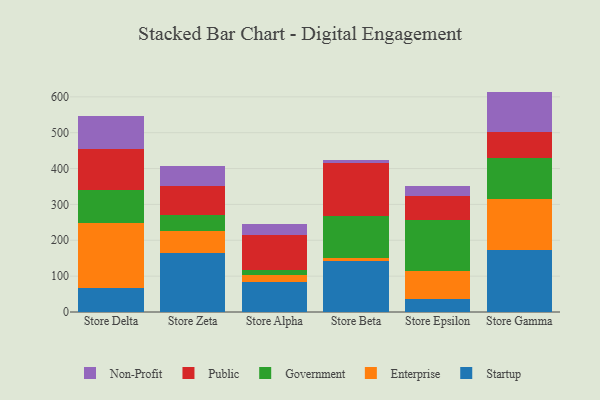
{"axis": {"x": "Store", "y": "Satisfaction Score"}, "legend": ["Enterprise", "Government", "Non-Profit", "Public", "Startup"], "data": [{"x": "Store Delta", "y": 68.1, "type": "Startup"}, {"x": "Store Delta", "y": 179.6, "type": "Enterprise"}, {"x": "Store Delta", "y": 93.4, "type": "Government"}, {"x": "Store Delta", "y": 113.9, "type": "Public"}, {"x": "Store Delta", "y": 92.7, "type": "Non-Profit"}, {"x": "Store Zeta", "y": 163.2, "type": "Startup"}, {"x": "Store Zeta", "y": 64.0, "type": "Enterprise"}, {"x": "Store Zeta", "y": 42.9, "type": "Government"}, {"x": "Store Zeta", "y": 81.1, "type": "Public"}, {"x": "Store Zeta", "y": 56.1, "type": "Non-Profit"}, {"x": "Store Alpha", "y": 83.8, "type": "Startup"}, {"x": "Store Alpha", "y": 20.1, "type": "Enterprise"}, {"x": "Store Alpha", "y": 13.7, "type": "Government"}, {"x": "Store Alpha", "y": 96.3, "type": "Public"}, {"x": "Store Alpha", "y": 32.5, "type": "Non-Profit"}, {"x": "Store Beta", "y": 141.4, "type": "Startup"}, {"x": "Store Beta", "y": 9.4, "type": "Enterprise"}, {"x": "Store Beta", "y": 117.4, "type": "Government"}, {"x": "Store Beta", "y": 146.3, "type": "Public"}, {"x": "Store Beta", "y": 9.9, "type": "Non-Profit"}, {"x": "Store Epsilon", "y": 36.4, "type": "Startup"}, {"x": "Store Epsilon", "y": 77.3, "type": "Enterprise"}, {"x": "Store Epsilon", "y": 142.4, "type": "Government"}, {"x": "Store Epsilon", "y": 66.5, "type": "Public"}, {"x": "Store Epsilon", "y": 28.7, "type": "Non-Profit"}, {"x": "Store Gamma", "y": 171.6, "type": "Startup"}, {"x": "Store Gamma", "y": 144.8, "type": "Enterprise"}, {"x": "Store Gamma", "y": 113.9, "type": "Government"}, {"x": "Store Gamma", "y": 72.8, "type": "Public"}, {"x": "Store Gamma", "y": 111.5, "type": "Non-Profit"}]}